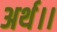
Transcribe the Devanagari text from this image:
अर्थ।।